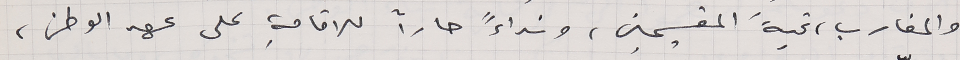
والمغارب، تحيةَ المقيمين، ونداءً حاراً للاقامةِ على عهد الوطن،